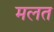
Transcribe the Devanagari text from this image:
मलत